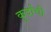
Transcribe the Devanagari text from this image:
कुर्दांची